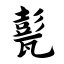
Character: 甏